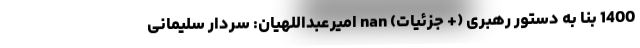
1400 بنا به دستور رهبری (+ جزئیات) nan امیرعبداللهیان: سردار سلیمانی